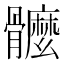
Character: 𩪮